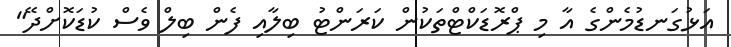
އަޅުގަނޑުމެންގެ އާ މި ޕްރޮޑަކްޓްތަކުން ކަރަންޓު ބިލާއި ފެން ބިލް ވެސް ކުޑަކޮށްދޭ"